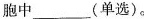
胞中___(单选)。